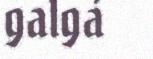
galgá